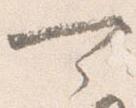
可